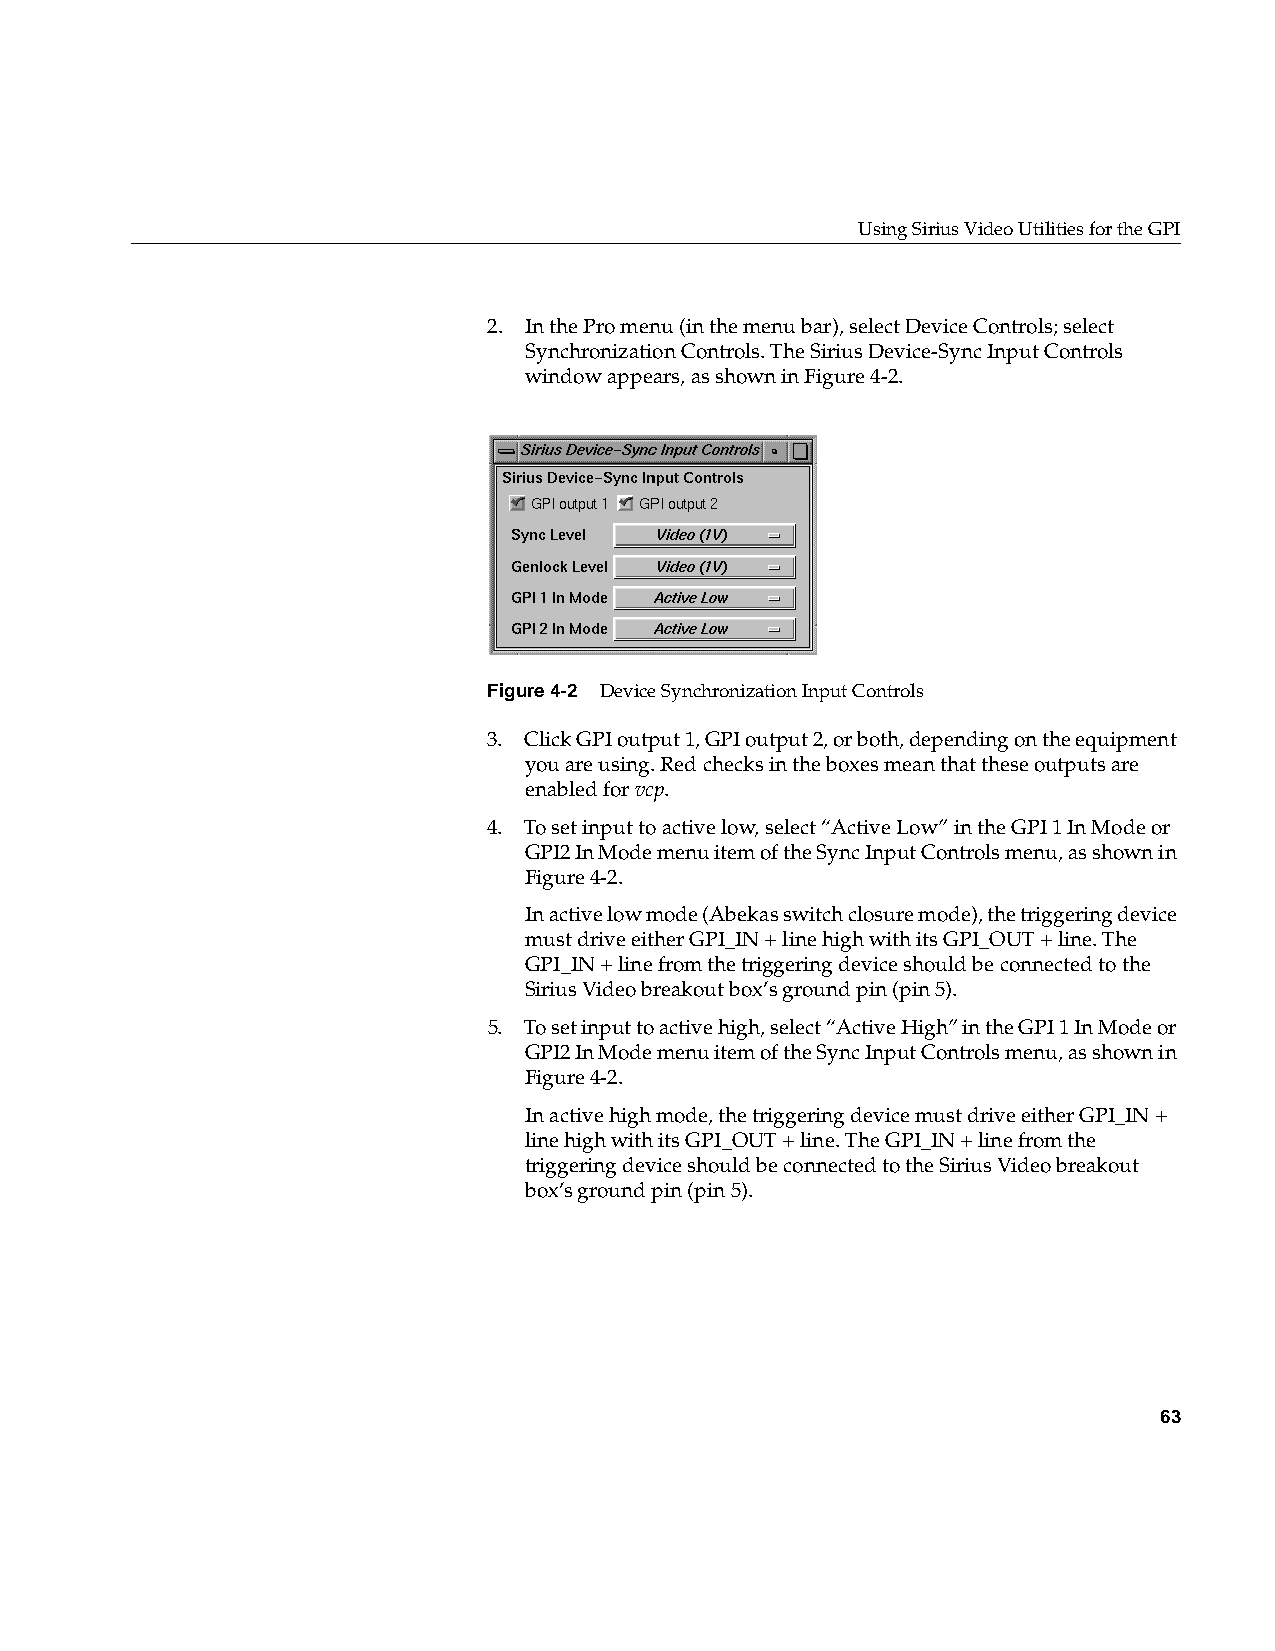
Using Sirius Video Utilities for the GPI
 2. In the Pro menu (in the menu bar), select Device Controls; select
 Synchronization Controls. The Sirius Device-Sync Input Controls
 window appears, as shown in Figure4-2.
 Figure4-2 Device Synchronization Input Controls
 3. Click GPI output 1, GPI output 2, or both, depending on the equipment
 you are using. Red checks in the boxes mean that these outputs are
 enabled forvcp.
 4. To set input to active low, select “Active Low” in the GPI 1 In Mode or
 GPI2 In Mode menu item of the Sync Input Controls menu, as shown in
 Figure4-2.
 In active low mode (Abekas switch closure mode), the triggering device
 must drive either GPI_IN + line high with its GPI_OUT + line. The
 GPI_IN + line from the triggering device should be connected to the
 Sirius Video breakout box’s ground pin (pin 5).
 5. To set input to active high, select “Active High” in the GPI 1 In Mode or
 GPI2 In Mode menu item of the Sync Input Controls menu, as shown in
 Figure4-2.
 In active high mode, the triggering device must drive either GPI_IN +
 line high with its GPI_OUT + line. The GPI_IN + line from the
 triggering device should be connected to the Sirius Video breakout
 box’s ground pin (pin 5).
 63